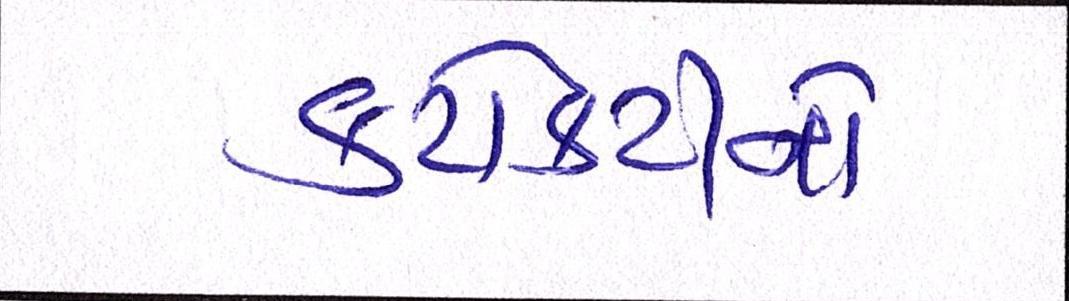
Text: કટોકટીનો